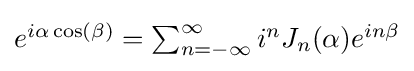
{\textstyle e^{i\alpha \cos(\beta )}=\sum _{n=-\infty }^{\infty }i^{n}J_{n}(\alpha )e^{in\beta }}